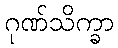
ဂုဏ်သိက္ခာ